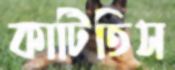
কাটিতিস